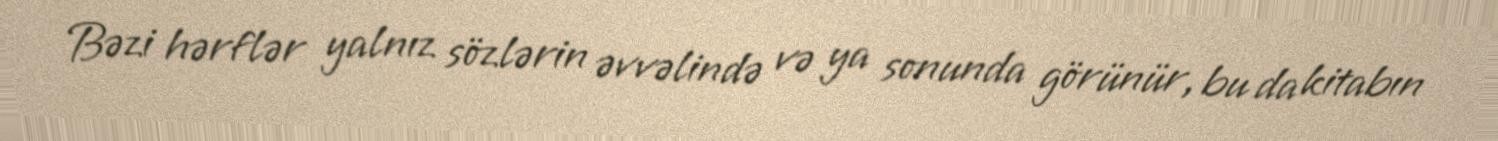
Bəzi hərflər yalnız sözlərin əvvəlində və ya sonunda görünür, bu da kitabın